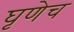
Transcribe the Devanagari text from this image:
घृणेच